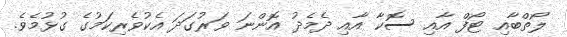
ލޯތްބާއި ޓޯފް އާއި ސޮކާ އާއި ދެމެދު އޮންނަ ވަރުގަދަ އެކުވެރިކަމުގެ ގުޅުމެވެ.